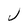
Character: J